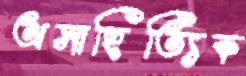
অসাহিত্যিক